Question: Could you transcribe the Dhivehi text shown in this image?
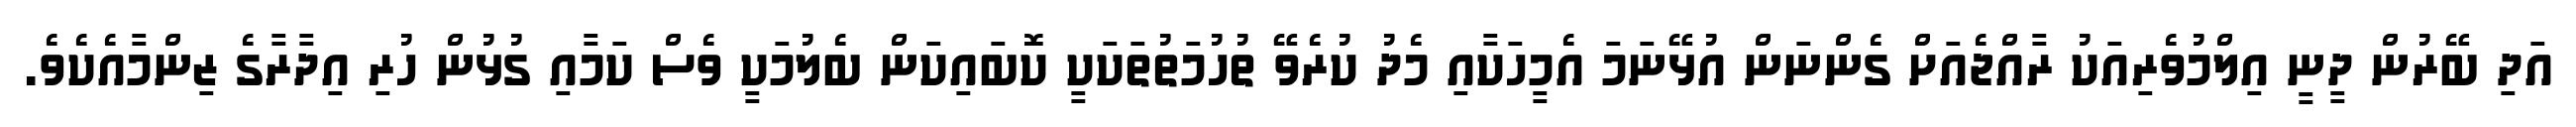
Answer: އަދި ބޭރުން ދީނީ އިލްމުވެރިއަކު ރާއްޖެއަށް ގެންނަން އުޅޭނަމަ އެމީހަކާއި މެދު ކުރެވޭ ތުހުމަތުތަކަކީ ކޮބައިކަން ބެލުމަކީ ވެސް ކަމާއި ގުޅުން ހުރި އިދާރާގެ ޒިންމާއެކެވެ.